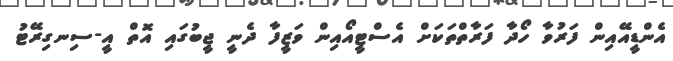
އެންޑީއޭއިން ފަރުވާ ހޯދާ ފަރާތްތަކަށް އެސްޓީއޯއިން ވަޒީފާ ދެނީ ޖީބުގައި އޮތް އީ-ސިނގިރޭޓު